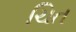
ચિત